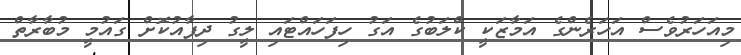
މިއަހަރުވެސް އަހަރެންގެ އަމާޒަކީ ކްލަބުގެ އަގު ހިފަހައްޓައި ލީގު ދިފާއުކޮށް ގައުމީ މުބާރާތް